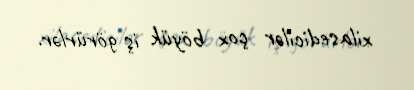
xilasedicilər çox böyük iş görürlər.